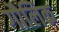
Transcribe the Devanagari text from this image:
गौलिक